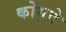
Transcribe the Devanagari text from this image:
कोमुने